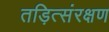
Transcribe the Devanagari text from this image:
तड़ित्संरक्षण